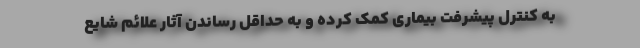
به کنترل پیشرفت بیماری کمک کرده و به حداقل رساندن آثار علائم شایع